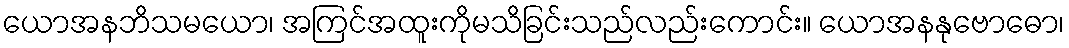
ယောအနဘိသမယော၊ အကြင်အထူးကိုမသိခြင်းသည်လည်းကောင်း။ ယောအနနုဗောဓော၊